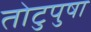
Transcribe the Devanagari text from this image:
तोटुपुषा